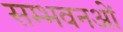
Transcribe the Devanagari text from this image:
सम्भवनओं